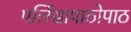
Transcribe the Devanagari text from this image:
पर्लिसापाठोपाठ